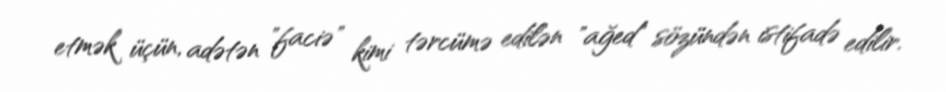
etmək üçün, adətən "faciə" kimi tərcümə edilən "ağed" sözündən istifadə edilir.